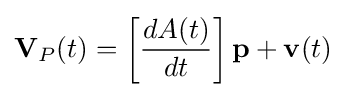
\mathbf {V} _{P}(t)=\left[{\frac {dA(t)}{dt}}\right]\mathbf {p} +\mathbf {v} (t)